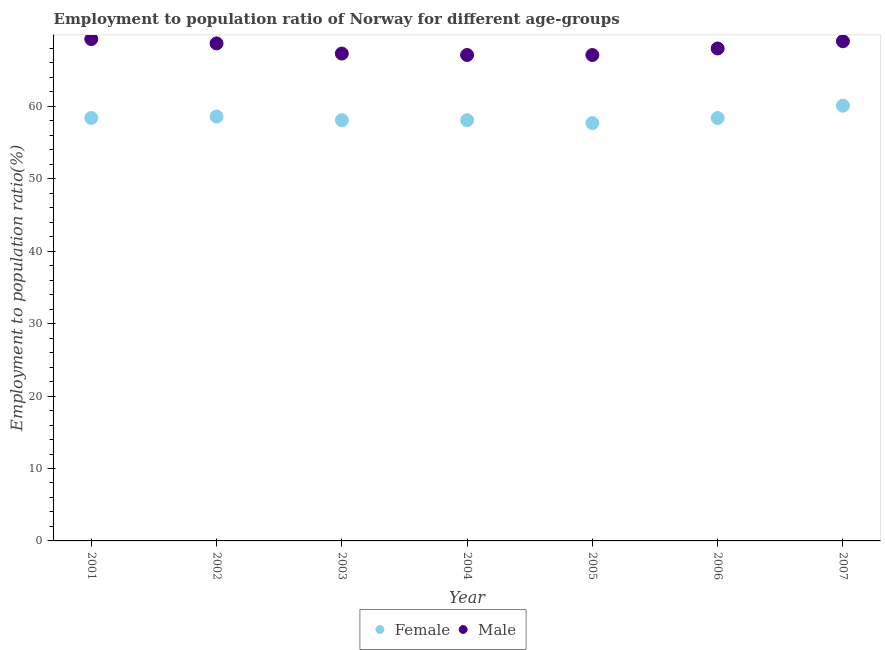
| Year | Female | Male |
 | --- | --- | --- |
 | 2001 | 58.4 | 69.3 |
 | 2002 | 58.6 | 68.7 |
 | 2003 | 58.1 | 67.3 |
 | 2004 | 58.1 | 67.1 |
 | 2005 | 57.7 | 67.1 |
 | 2006 | 58.4 | 68 |
 | 2007 | 60.1 | 69 |